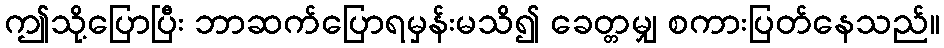
ဤသို့ပြောပြီး ဘာဆက်ပြောရမှန်းမသိ၍ ခေတ္တမျှ စကားပြတ်နေသည်။